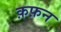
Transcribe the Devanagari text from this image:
क़फ़न